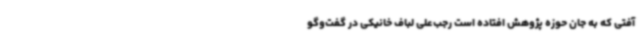
آفتی که به جان حوزه پژوهش افتاده است رجب‌علی لباف خانیکی در گفت‌وگو